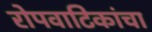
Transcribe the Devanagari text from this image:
रोपवाटिकांचा